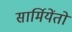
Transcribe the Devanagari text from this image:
सार्मियेंतो